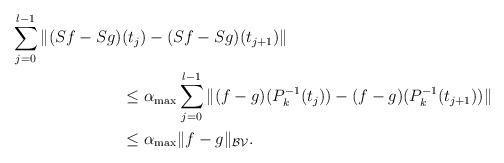
LaTeX: \begin{align*}\sum\limits_{j=0}^{l-1}\|(Sf-Sg)&(t_j)-(Sf-Sg)(t_{j+1})\|\\&\leq \alpha_{\max} \sum\limits_{j=0}^{l-1}\|(f-g)(P_k^{-1}(t_j))- (f-g)(P_k^{-1}(t_{j+1}))\|\\& \leq \alpha_{\max} \|f-g\|_{\mathcal{BV}}.\end{align*}